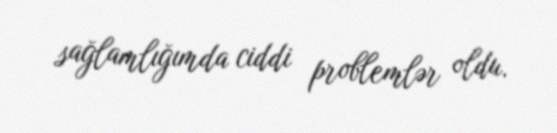
sağlamlığımda ciddi problemlər oldu.